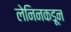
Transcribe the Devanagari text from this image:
लेनिनकडून